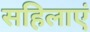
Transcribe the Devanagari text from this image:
सहिलाएं